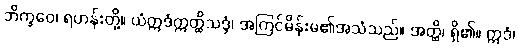
ဘိက္ခဝေ၊ ရဟန်းတို့။ ယံဣဒံဣတ္ထိသဒ္ဒံ၊ အကြင်မိန်းမ၏အသံသည်။ အတ္ထိ၊ ရှိ၏။ ဣဒံ၊